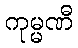
ကုမ္မဏီ